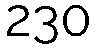
230